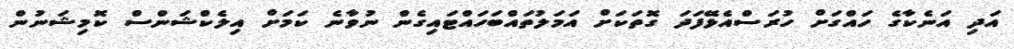
އަދި އަނެކާގެ ހައްގަށް ހުރަސްއެޅޭފަދަ ގޮތަކަށް އަމަލުތައްބަހައްޓައިގެން ނުވާނެ ކަމަށް އިލެކްޝަންސް ކޮމިޝަނުން